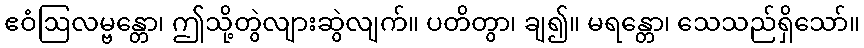
ဧဝံဩလမ္ဗန္တော၊ ဤသို့တွဲလျားဆွဲလျက်။ ပတိတွာ၊ ချ၍။ မရန္တော၊ သေသည်ရှိသော်။